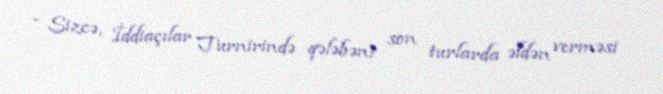
- Sizcə, İddiaçılar Turnirində qələbəni son turlarda əldən verməsi